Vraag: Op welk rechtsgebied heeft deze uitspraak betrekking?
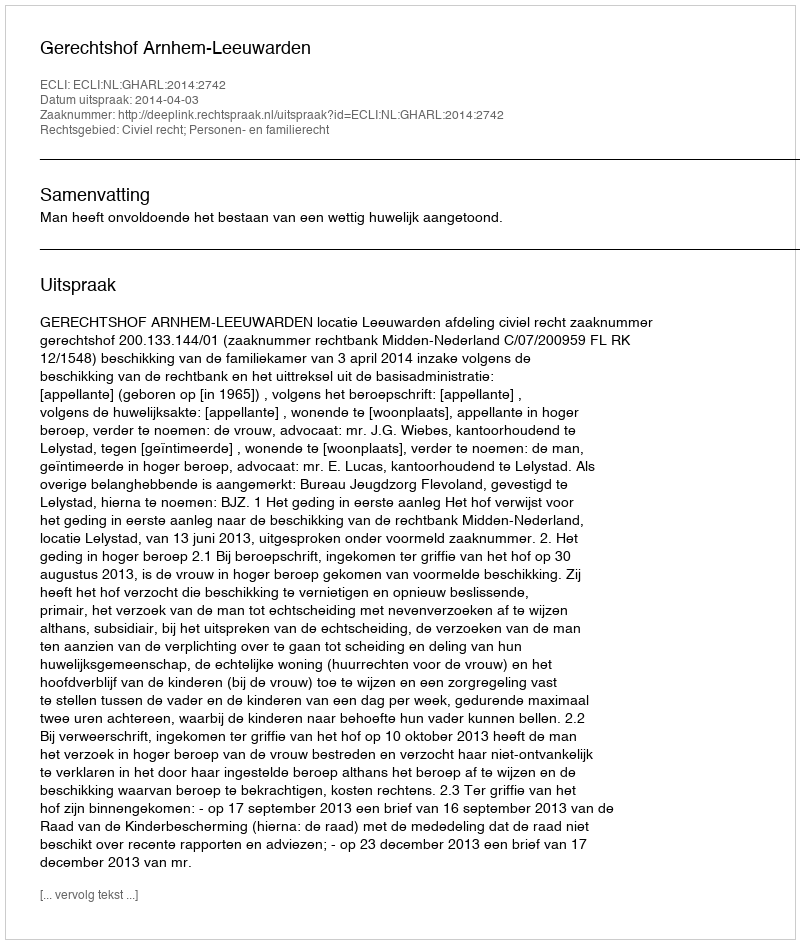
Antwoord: Civiel recht; Personen- en familierecht